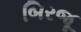
બિરજૂ